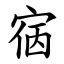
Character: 㝛